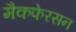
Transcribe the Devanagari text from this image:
मैकफेरसन